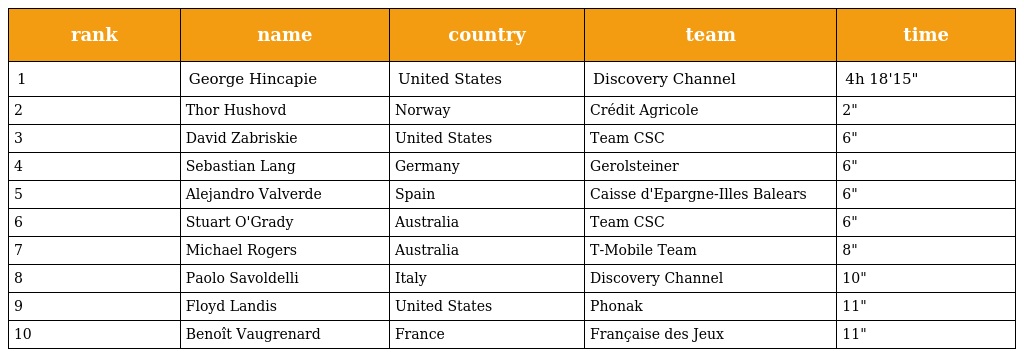
| rank | name | country | team | time |
 | --- | --- | --- | --- | --- |
 | 1 | George Hincapie | United States | Discovery Channel | 4h 18'15" |
 | 2 | Thor Hushovd | Norway | Crédit Agricole | 2" |
 | 3 | David Zabriskie | United States | Team CSC | 6" |
 | 4 | Sebastian Lang | Germany | Gerolsteiner | 6" |
 | 5 | Alejandro Valverde | Spain | Caisse d'Epargne-Illes Balears | 6" |
 | 6 | Stuart O'Grady | Australia | Team CSC | 6" |
 | 7 | Michael Rogers | Australia | T-Mobile Team | 8" |
 | 8 | Paolo Savoldelli | Italy | Discovery Channel | 10" |
 | 9 | Floyd Landis | United States | Phonak | 11" |
 | 10 | Benoît Vaugrenard | France | Française des Jeux | 11" |